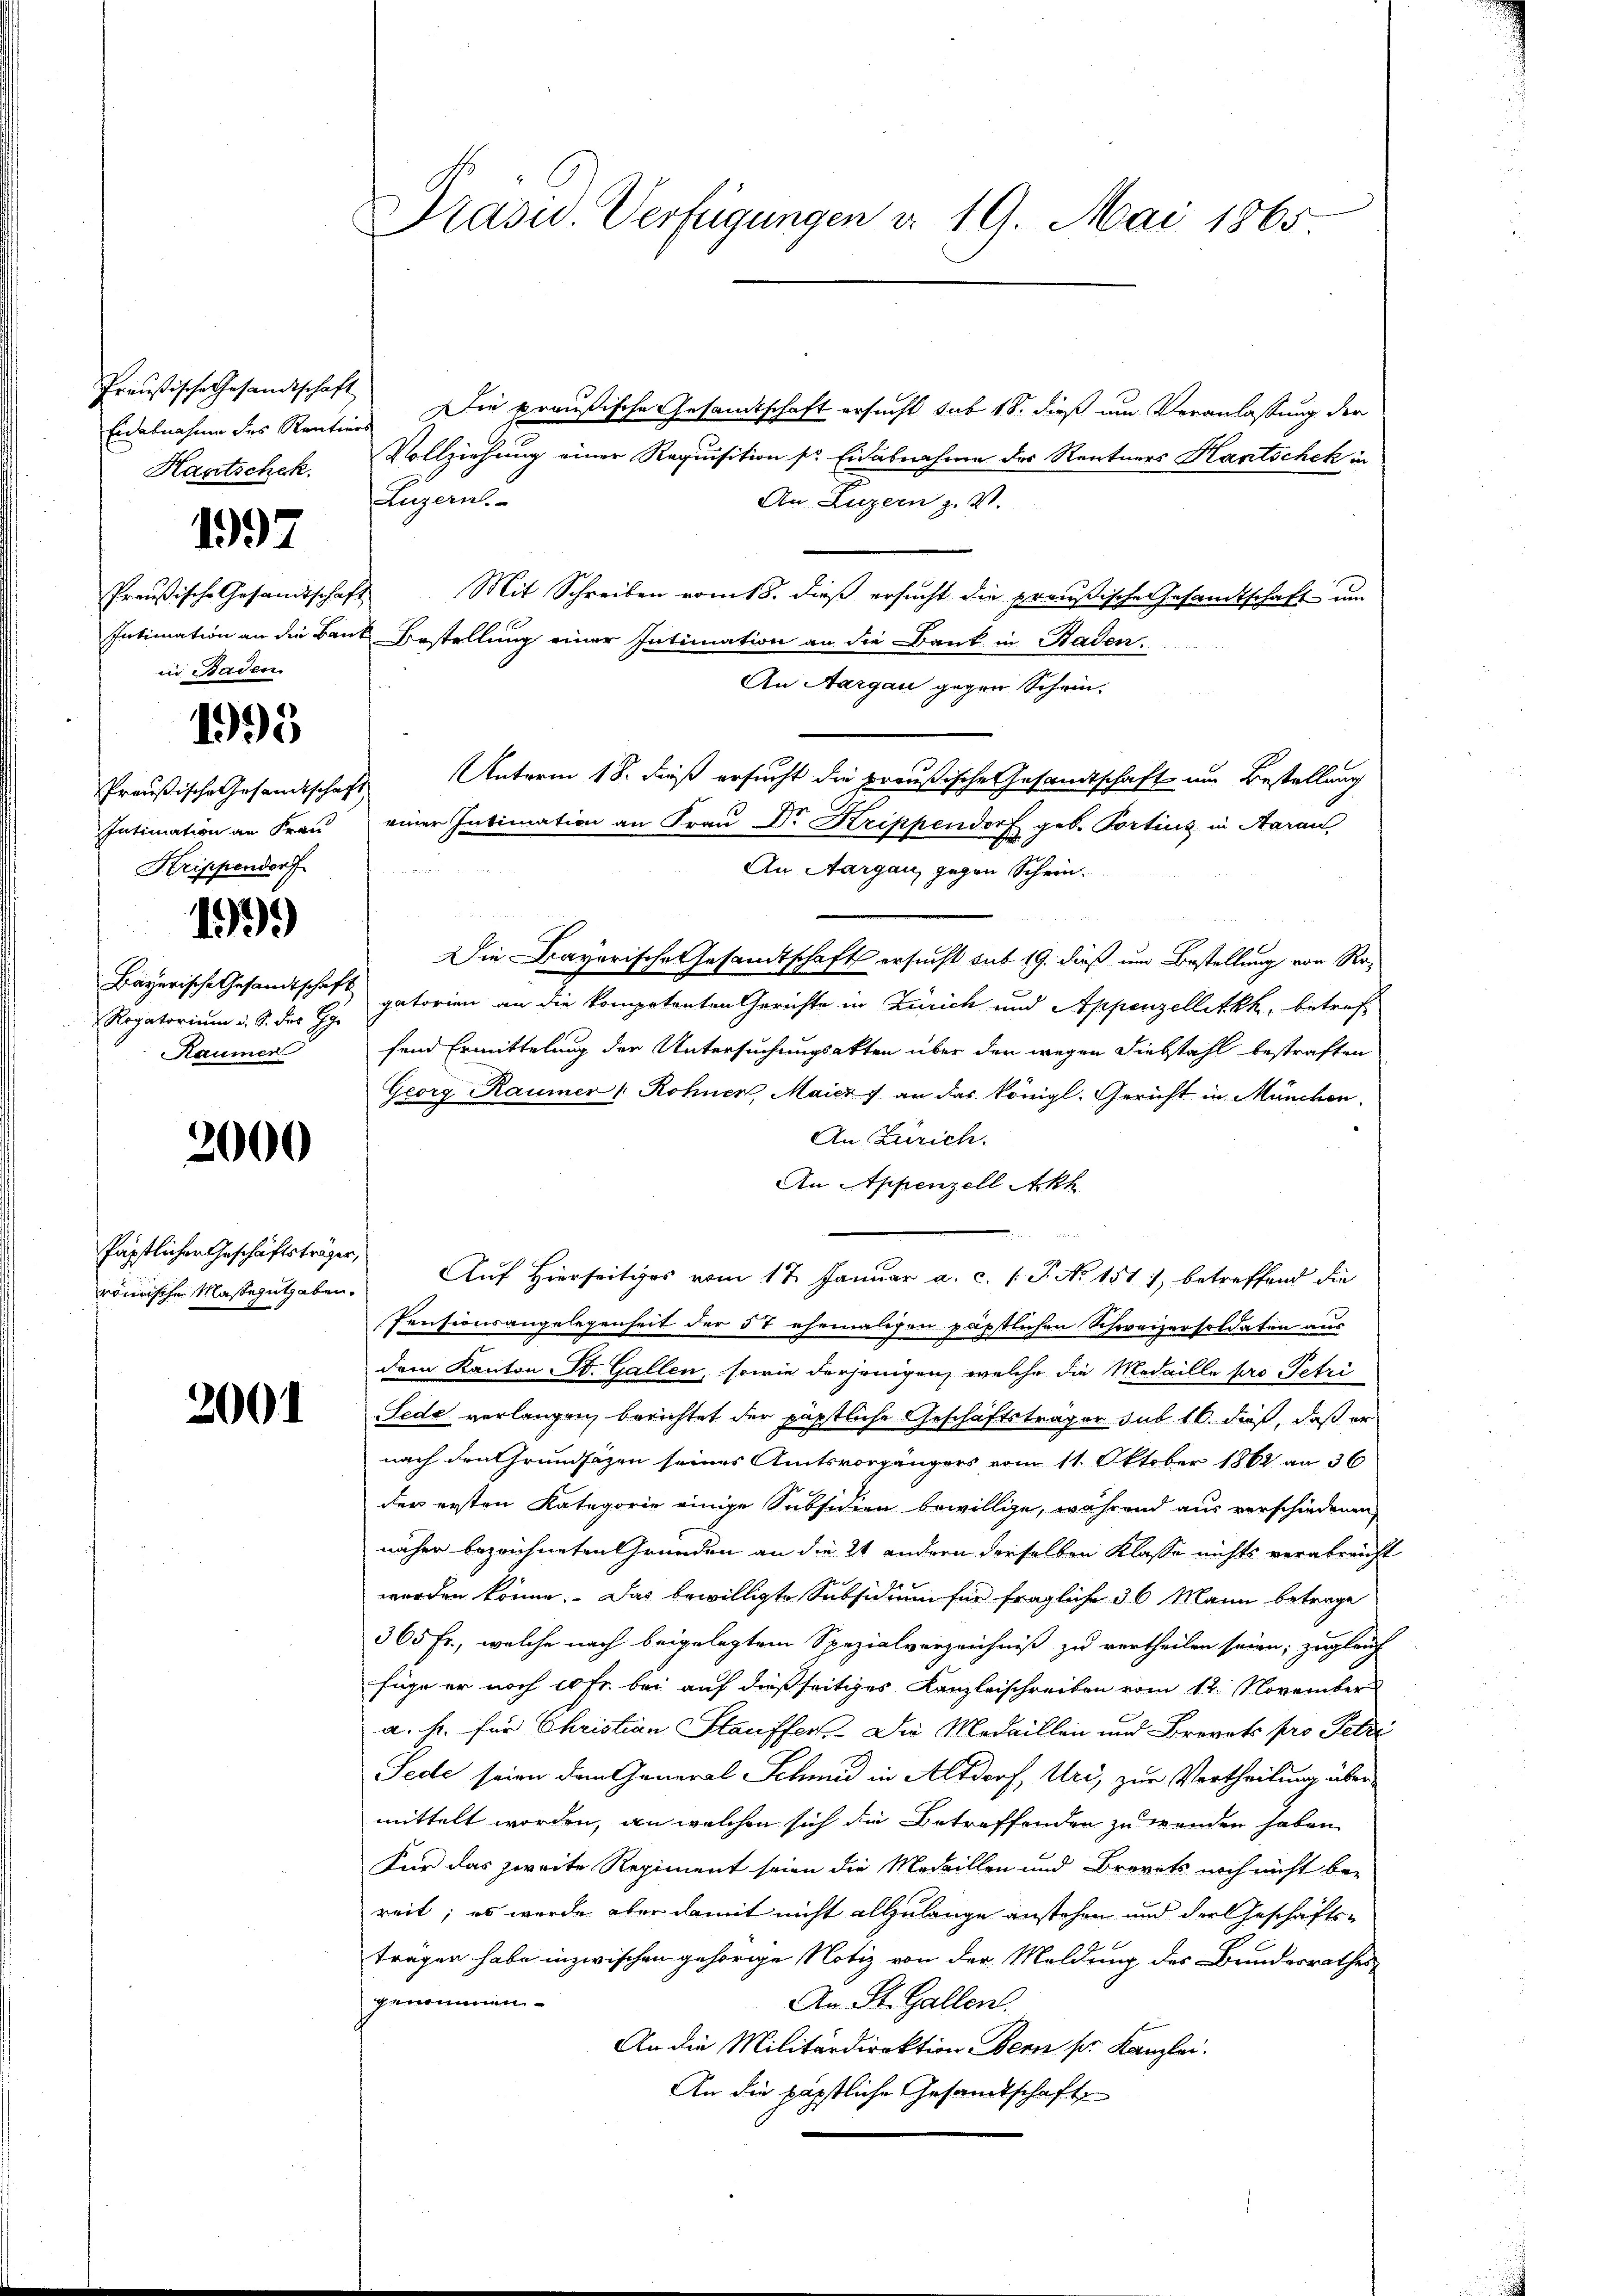
Präußische Gesandtschaft
Eidesnahme des Rentiers
Hantschek.

1997

Preußische Gesamtschaft
in Baden.

1995

Preußische Gesandtschaft
Intimation an Frau
Krippendorf

1939)

Bayerische Gesandtschaft
Kaumer

2000

Päpstlicher Geschäftsträger,
römische Masseguthaben.

2001

Präsid.. Verfügungen d. 19. Mai 1865

Die preußische Gesandtschaft ersucht sub 18. dieß um Veranlassung der
Vollziehung einer Requisition so. Eidabnahme des Rentners Hantschek in
Luzern.
An. Luzern z. V.
Mit Schreiben vom 18. dieß ersucht die preußische Gesandtschaft um
Intimation an die Bank Bestellung einer Intimation an die Bank in Baden.
An Aargau gegen Schwin-
Unterm 18. dieß ersucht die preußische Gesandtschaft um Bestellung
einer Intimation an Frau Dr. Krippendorf geb. Portinz in Aarau
An Aargau, gegen Schein
u
Die Bayerische Gesandtschaft ersucht sub 19. dieß um Bestellung von Ro¬
Rogatorium d. S. des H. datorien an die kompetenten Gerichte in Zürich und Appenzellitkh, betref
fend Ermittelung der Untersuchungsakten über den wegen Diebstahl bestraften
Georg Raumer " Rohner, Maicz f an das königl. Gericht in München.
An Zürich.
An Appenzell Akh
Auf Hierseitiges vom 17. Januar a. c. (T. No 151, betreffend die
Pensionsangelegenheit der 5 t ehemaligen päpstlichen Schweizersoldaten aus
dem Kanton St. Gallen, sowie derjenigen, welche die Medaille pro Petri
Sede verlangen, berichtet der päpstliche Geschäftsträger sub 16. dieß, daß er
nach den Grundsätzen seines Amtsvorgängers vom 11. Oktober 1862 an 36
der ersten Kategorie einige Subsidien bewillige, während aus verschiedenen
näher bezeichneten Gründen an die 2 andern derselben Klasse nichts verabreicht
worden könne. Das bewilligte Subsidium für fragliche 36 Mann betrage
365 fr., welche nach beigelegtem Spezialverzeichniß zu vertheilen seien; zugleich
füge er noch 10 Fr. bei auf dießseitiges Kanzleischreiben vom 12. November
a. hr. für Christian Hauffert.- Die Medaillen und Brevets pro Petri
Sede seien dem General Schmid in Altdorf, Uri, zur Vertheilung übermittelt worden, an welchen sich die Betreffenden zu wenden haben
Für das zweite Regiment seien die Medaillen und Brevets noch nicht bei
reit; es wurde aber damit nicht allzulange anstehen und der Geschäfts-
trägen habe inzwischen gehörige Notiz von der Meldung des Bundesrathes
genommen
An St. Gallen.
An die Militärdirektion Bern sr Kanzlei.
An die päpstliche Gesandtschaft